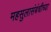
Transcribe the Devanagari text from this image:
महसुलासंबंधीच्या